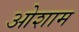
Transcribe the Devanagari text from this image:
ओशाम